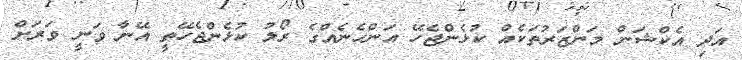
އަދި އެކްޝަން މަންޒަރުތަކެއް ކުޅެންޖެހޭ އަންހެނެއްގެެ ރޯލު ކުޅެންޖެހޭތީ އޭނާ ވަނީ ވަރަށް